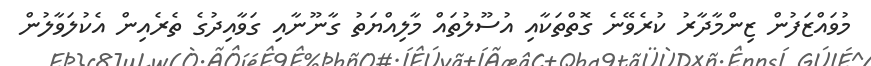
މުވައްޒަފުން ޒިންމާދާރު ކުރެވޭނެ ގޮތްތަކާއި އުސޫލުތައް މާލިއްޔަތު ގާނޫނާއި ގަވާއިދުގެ ތެރެއިން އެކުލަވާލުން